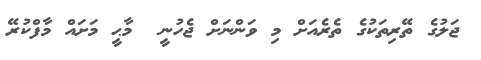
ޖަލުގެ ތޭރިތަކުގެ ތެރެއަށް މި ވަންނަށް ޖެހުނީ  މާޙީ މަށައް މާފްކުރޭ